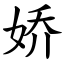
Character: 娇